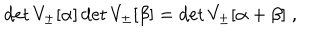
LaTeX: \det V _ { \pm } [ \alpha ] \det V _ { \pm } [ \beta ] = \det V _ { \pm } [ \alpha + \beta ] \; ,